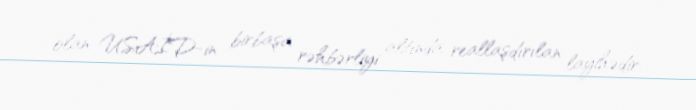
olan USAİD-in birbaşa rəhbərliyi altında reallaşdırılan layihədir.